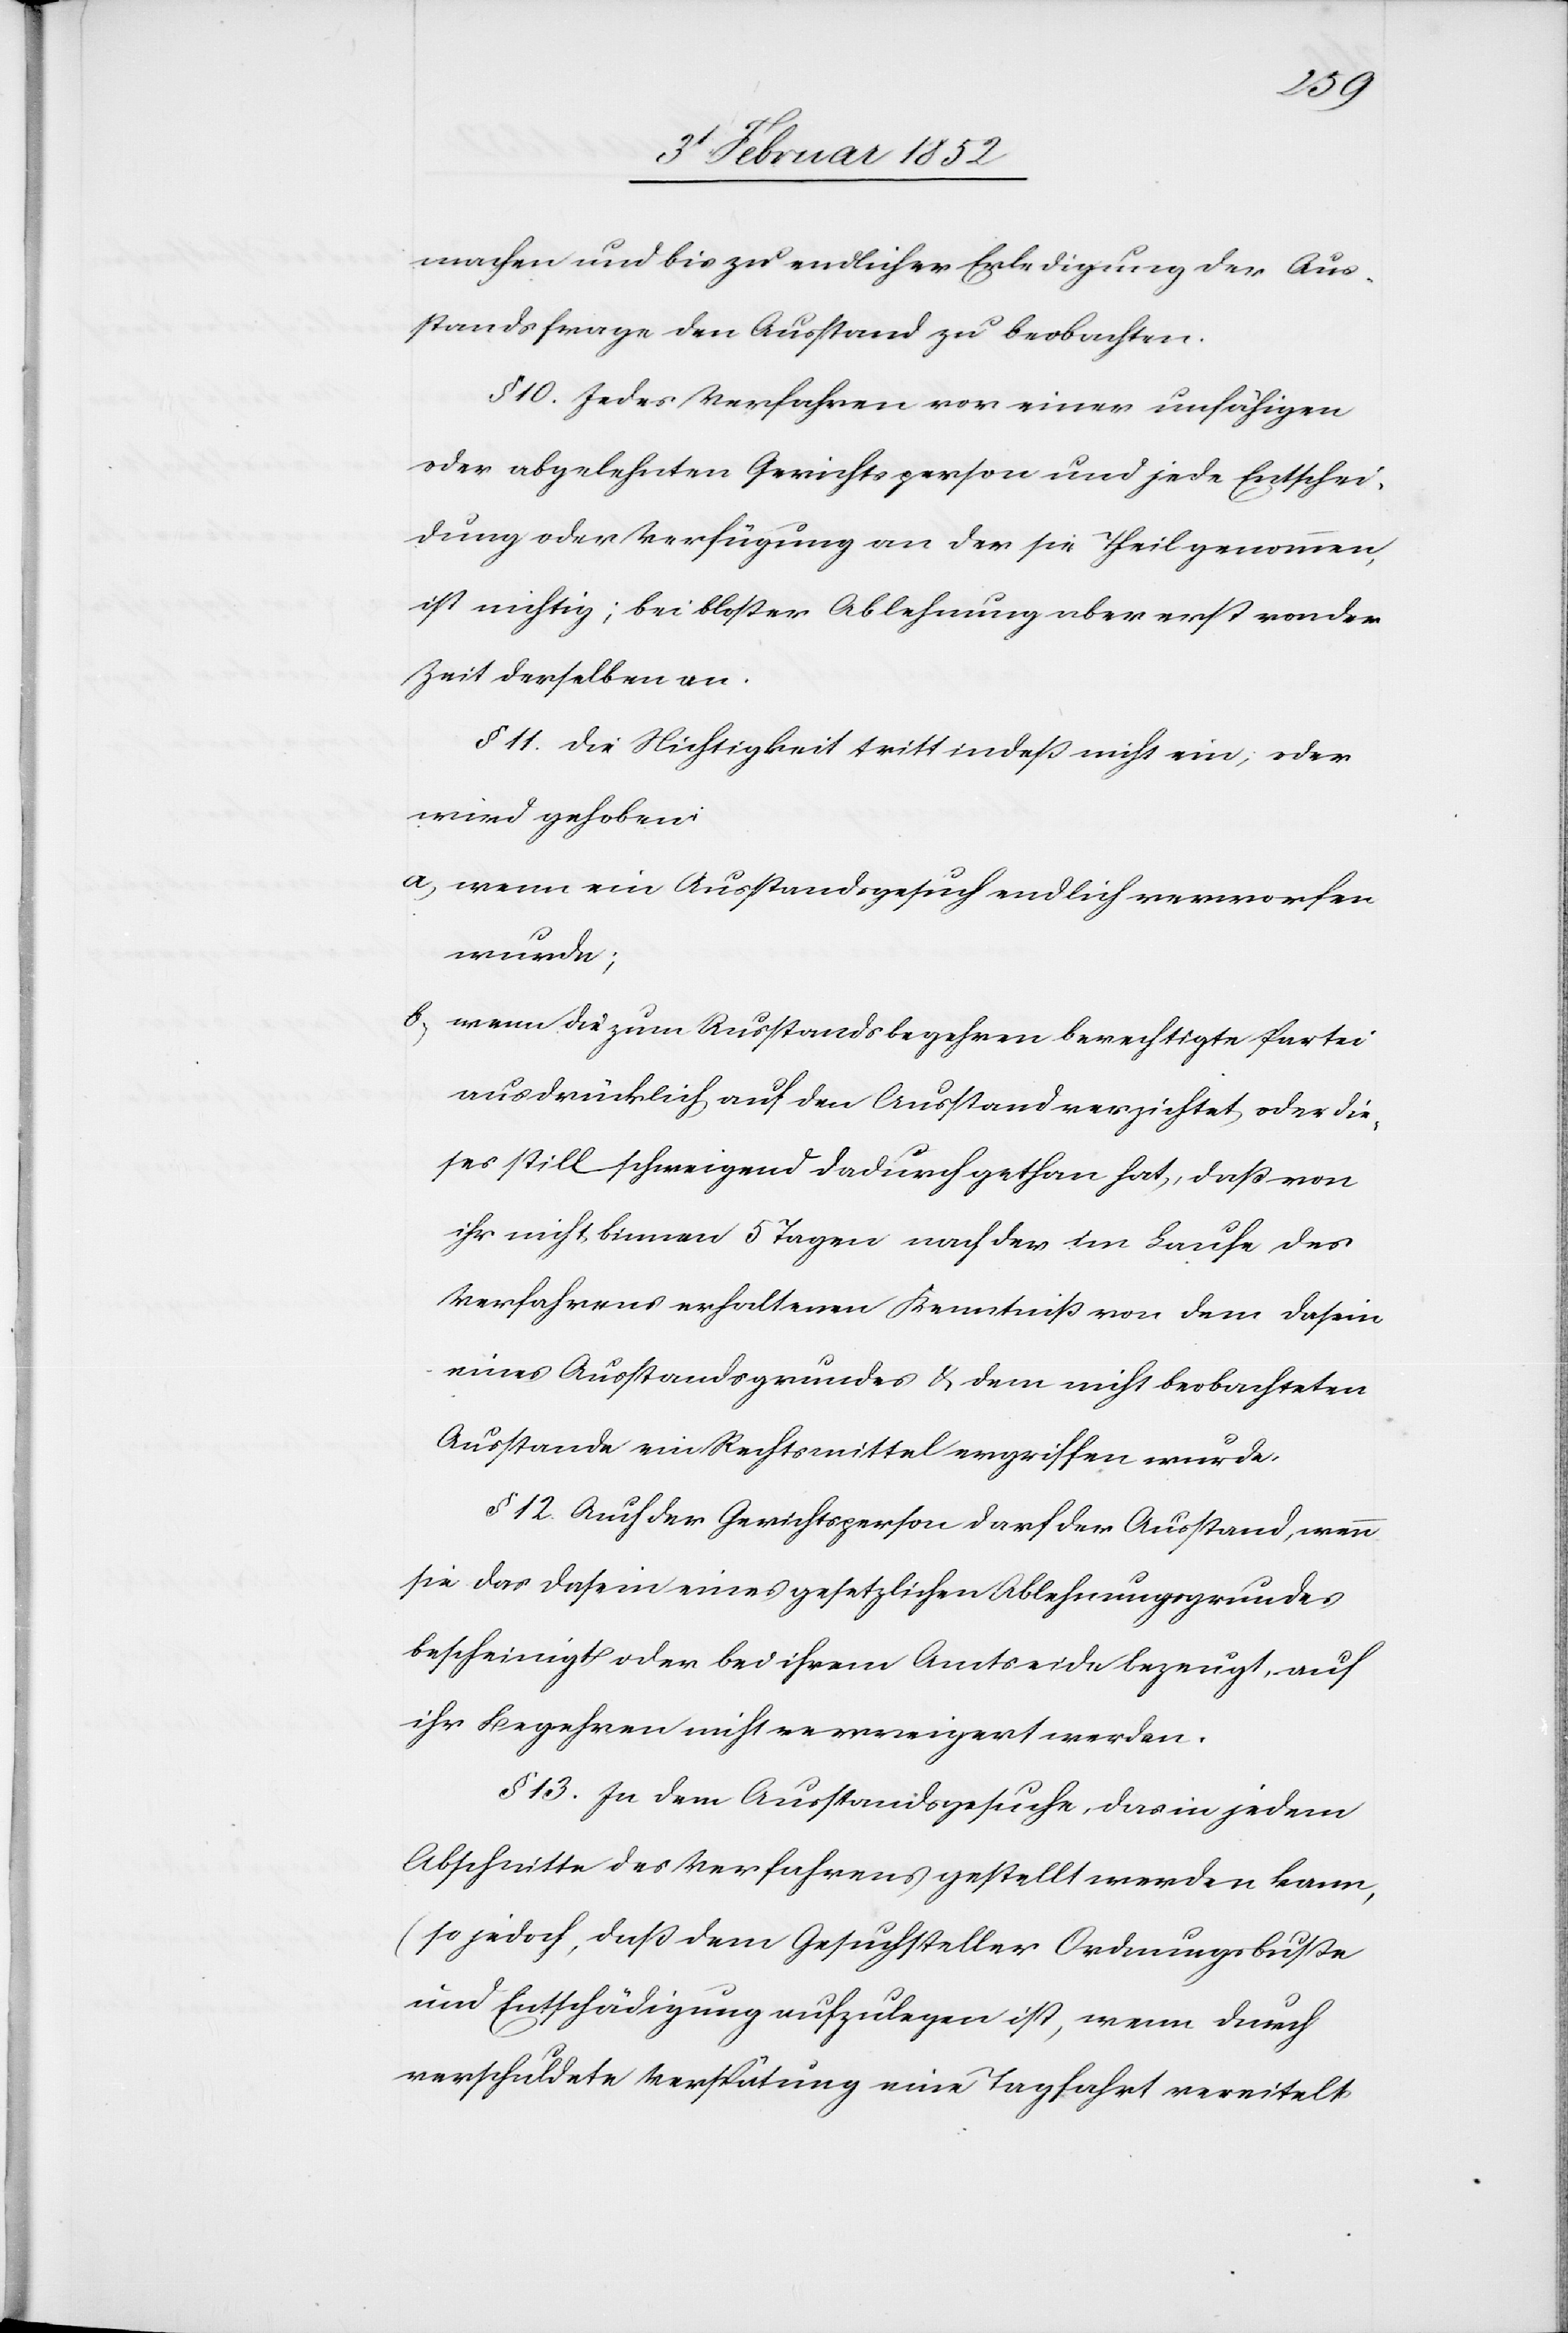
machen und bis zu endlicher Erledigung der Aus¬
standsfrage den Ausstand zu beobachten.
§ 10. Jedes Verfahren von einer unfähigen
oder abgelehnten Gerichtsperson und jede Entschei¬
dung oder Verfügung an der sie Theil genommen,
ist nichtig; bei bloßer Ablehnung aber erst von der
Zeit derselben an.
§ 11. Die Nichtigkeit tritt indeß nicht ein, oder
wird gehoben
a) wenn ein Ausstandsgesuch endlich verworfen
wurde;
b) wenn die zum Ausstandsbegehren berechtigte Partei
ausdrücklich auf den Ausstand verzichtet oder die¬
ses stillschweigend dadurch gethan hat, daß von
ihr nicht binnen 5 Tagen nach der im Laufe des
Verfahrens erhaltenen Kenntniß von dem Dasein
eines Ausstandsgrundes u. dem nicht beobachteten
Ausstande ein Rechtsmittel ergriffen wurde.
§ 12. Auch der Gerichtsperson darf der Ausstand, wenn
sie das Dasein eines gesetzlichen Ablehnungsgrundes
bescheinigt oder bei ihrem Amtseide bezeugt, auch
ihr Begehren nicht verweigert werden.
§ 12. In dem Ausstandsgesuche, das in jedem
Abschnitte des Verfahrens gestellt werden kann,
(so jedoch, daß dem Gesuchsteller Ordnungsbuße
und Entschädigung aufzulegen ist, wenn durch
verschuldete Verspätung eine Tagfahrt vereitelt